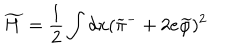
\widetilde H = \frac { 1 } { 2 } \int d x ( \widetilde \pi ^ { - } + 2 e \widetilde \varphi ) ^ { 2 }